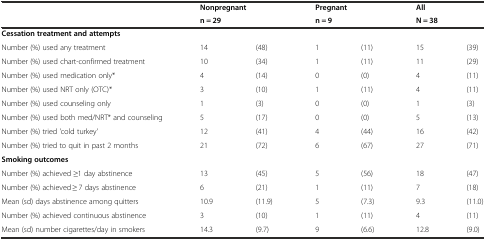
<table><thead><tr><td></td><td colspan="2"><b>Nonpregnant</b></td><td colspan="2"><b>Pregnant</b></td><td colspan="2"><b>All</b></td></tr><tr><td></td><td colspan="2"><b>n = 29</b></td><td colspan="2"><b>n = 9</b></td><td colspan="2"><b>N = 38</b></td></tr></thead><tbody><tr><td><b>Cessation treatment and attempts</b></td><td colspan="6"></td></tr><tr><td>Number (%) used any treatment</td><td>14</td><td>(48)</td><td>1</td><td>(11)</td><td>15</td><td>(39)</td></tr><tr><td>Number (%) used chart-confirmed treatment</td><td>10</td><td>(34)</td><td>1</td><td>(11)</td><td>11</td><td>(29)</td></tr><tr><td>Number (%) used medication only*</td><td>4</td><td>(14)</td><td>0</td><td>(0)</td><td>4</td><td>(11)</td></tr><tr><td>Number (%) used NRT only (OTC)*</td><td>3</td><td>(10)</td><td>1</td><td>(11)</td><td>4</td><td>(11)</td></tr><tr><td>Number (%) used counseling only</td><td>1</td><td>(3)</td><td>0</td><td>(0)</td><td>1</td><td>(3)</td></tr><tr><td>Number (%) used both med/NRT* and counseling</td><td>5</td><td>(17)</td><td>0</td><td>(0)</td><td>5</td><td>(13)</td></tr><tr><td>Number (%) tried &#x27;cold turkey&#x27;</td><td>12</td><td>(41)</td><td>4</td><td>(44)</td><td>16</td><td>(42)</td></tr><tr><td>Number (%) tried to quit in past 2 months</td><td>21</td><td>(72)</td><td>6</td><td>(67)</td><td>27</td><td>(71)</td></tr><tr><td><b>Smoking outcomes</b></td><td></td><td></td><td></td><td></td><td></td><td></td></tr><tr><td>Number (%) achieved ≥1 day abstinence</td><td>13</td><td>(45)</td><td>5</td><td>(56)</td><td>18</td><td>(47)</td></tr><tr><td>Number (%) achieved ≥ 7 days abstinence</td><td>6</td><td>(21)</td><td>1</td><td>(11)</td><td>7</td><td>(18)</td></tr><tr><td>Mean (sd) days abstinence among quitters</td><td>10.9</td><td>(11.9)</td><td>5</td><td>(7.3)</td><td>9.3</td><td>(11.0)</td></tr><tr><td>Number (%) achieved continuous abstinence</td><td>3</td><td>(10)</td><td>1</td><td>(11)</td><td>4</td><td>(11)</td></tr><tr><td>Mean (sd) number cigarettes/day in smokers</td><td>14.3</td><td>(9.7)</td><td>9</td><td>(6.6)</td><td>12.8</td><td>(9.0)</td></tr></tbody></table>